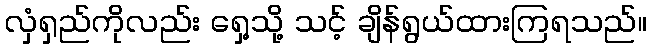
လှံရှည်ကိုလည်း ရှေ့သို့ သင့် ချိန်ရွယ်ထားကြရသည်။